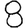
Digit: 8